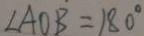
\angle A O B = 1 8 0 ^ { \circ }